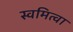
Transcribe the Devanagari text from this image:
स्वमित्वा